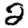
Digit: 2